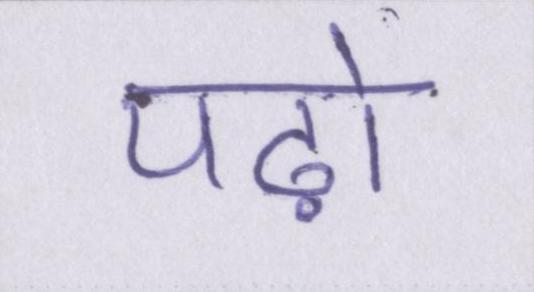
पढ़ो